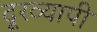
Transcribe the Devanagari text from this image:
दूरव्यापी